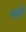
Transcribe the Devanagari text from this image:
मूखी